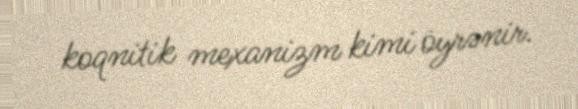
koqnitik mexanizm kimi öyrənir.